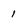
Character: 1